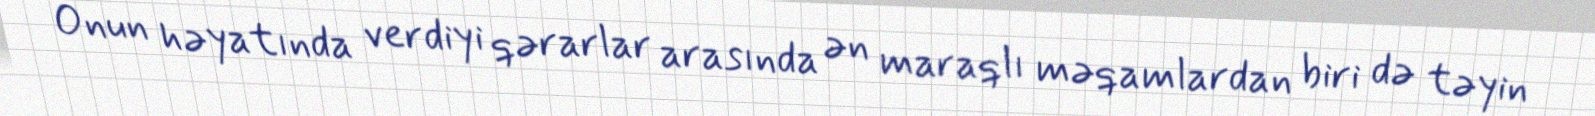
Onun həyatında verdiyi qərarlar arasında ən maraqlı məqamlardan biri də təyin